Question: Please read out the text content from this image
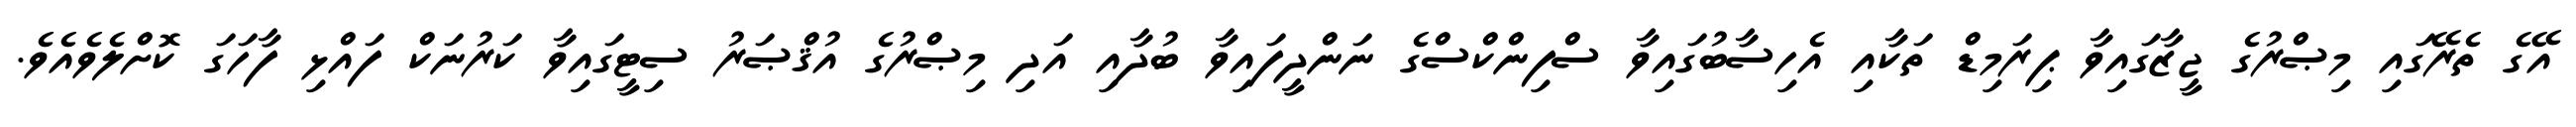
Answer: އޭގެ ތެރޭގައި މިޞްރުގެ ޖީޒާގައިވާ ޕިރަމިޑް ތަކާއި އެހިސާބުގައިވާ ސްފިންކްސްގެ ނަންދީފައިވާ ބުދާއި އަދި މިޞްރުގެ އުޤްޞަރު ސިޓީގައިވާ ކަރުނަކް ފައްޅި ފާހަގަ ކޮށްލެވެއެވެ.